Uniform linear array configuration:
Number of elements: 4
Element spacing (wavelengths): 0.75
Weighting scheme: hann
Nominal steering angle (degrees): -30
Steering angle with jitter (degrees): -28.685
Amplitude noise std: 0.05
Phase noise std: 0.05

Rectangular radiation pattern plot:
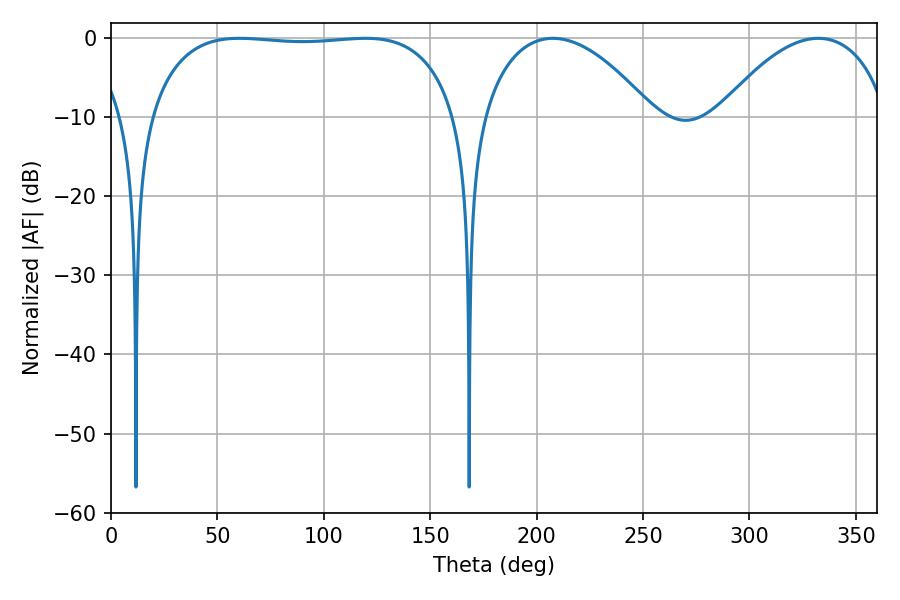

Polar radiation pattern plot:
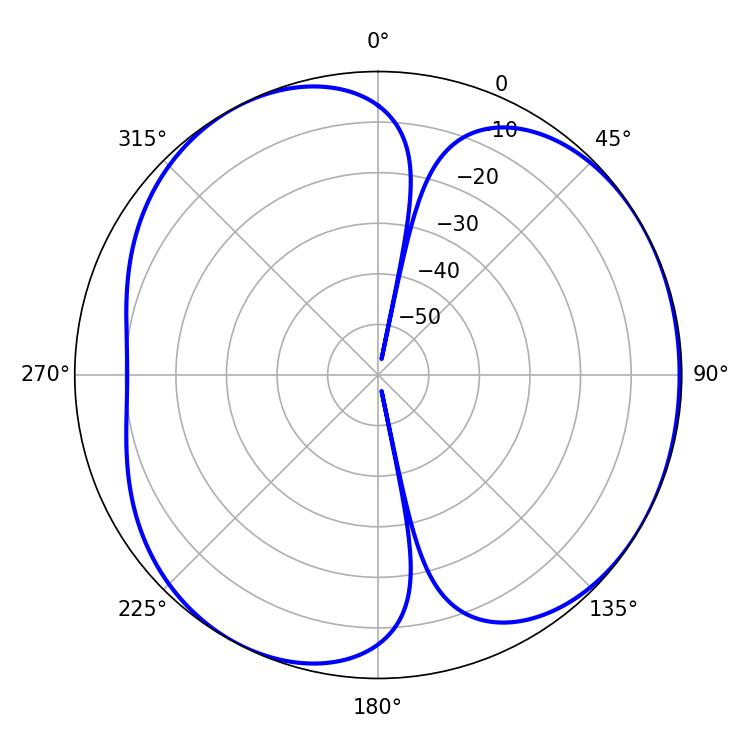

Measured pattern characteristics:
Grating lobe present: TRUE
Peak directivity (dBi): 4.422
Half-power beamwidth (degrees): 114.84
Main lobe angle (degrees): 60.48